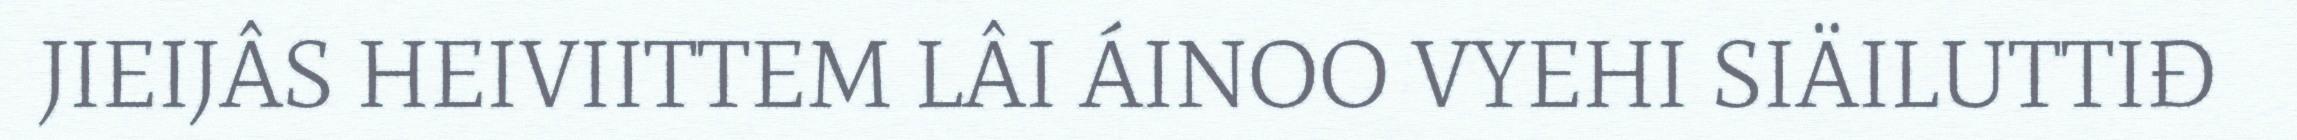
JIEIJÂS HEIVIITTEM LÂI ÁINOO VYEHI SIÄILUTTIĐ